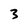
Character: 3